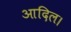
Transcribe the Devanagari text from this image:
आदिल।